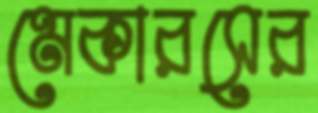
মেকারসের